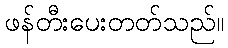
ဖန်တီးပေးတတ်သည်။